Bréfritari: Ásgeir Tryggvi Friðgeirsson
Viðtakandi: Einar Friðgeirsson
Dagsetning: A-1881-04-28
Skrifað á: Garði  S-Þing.
Ásgeir er bróðir Einars

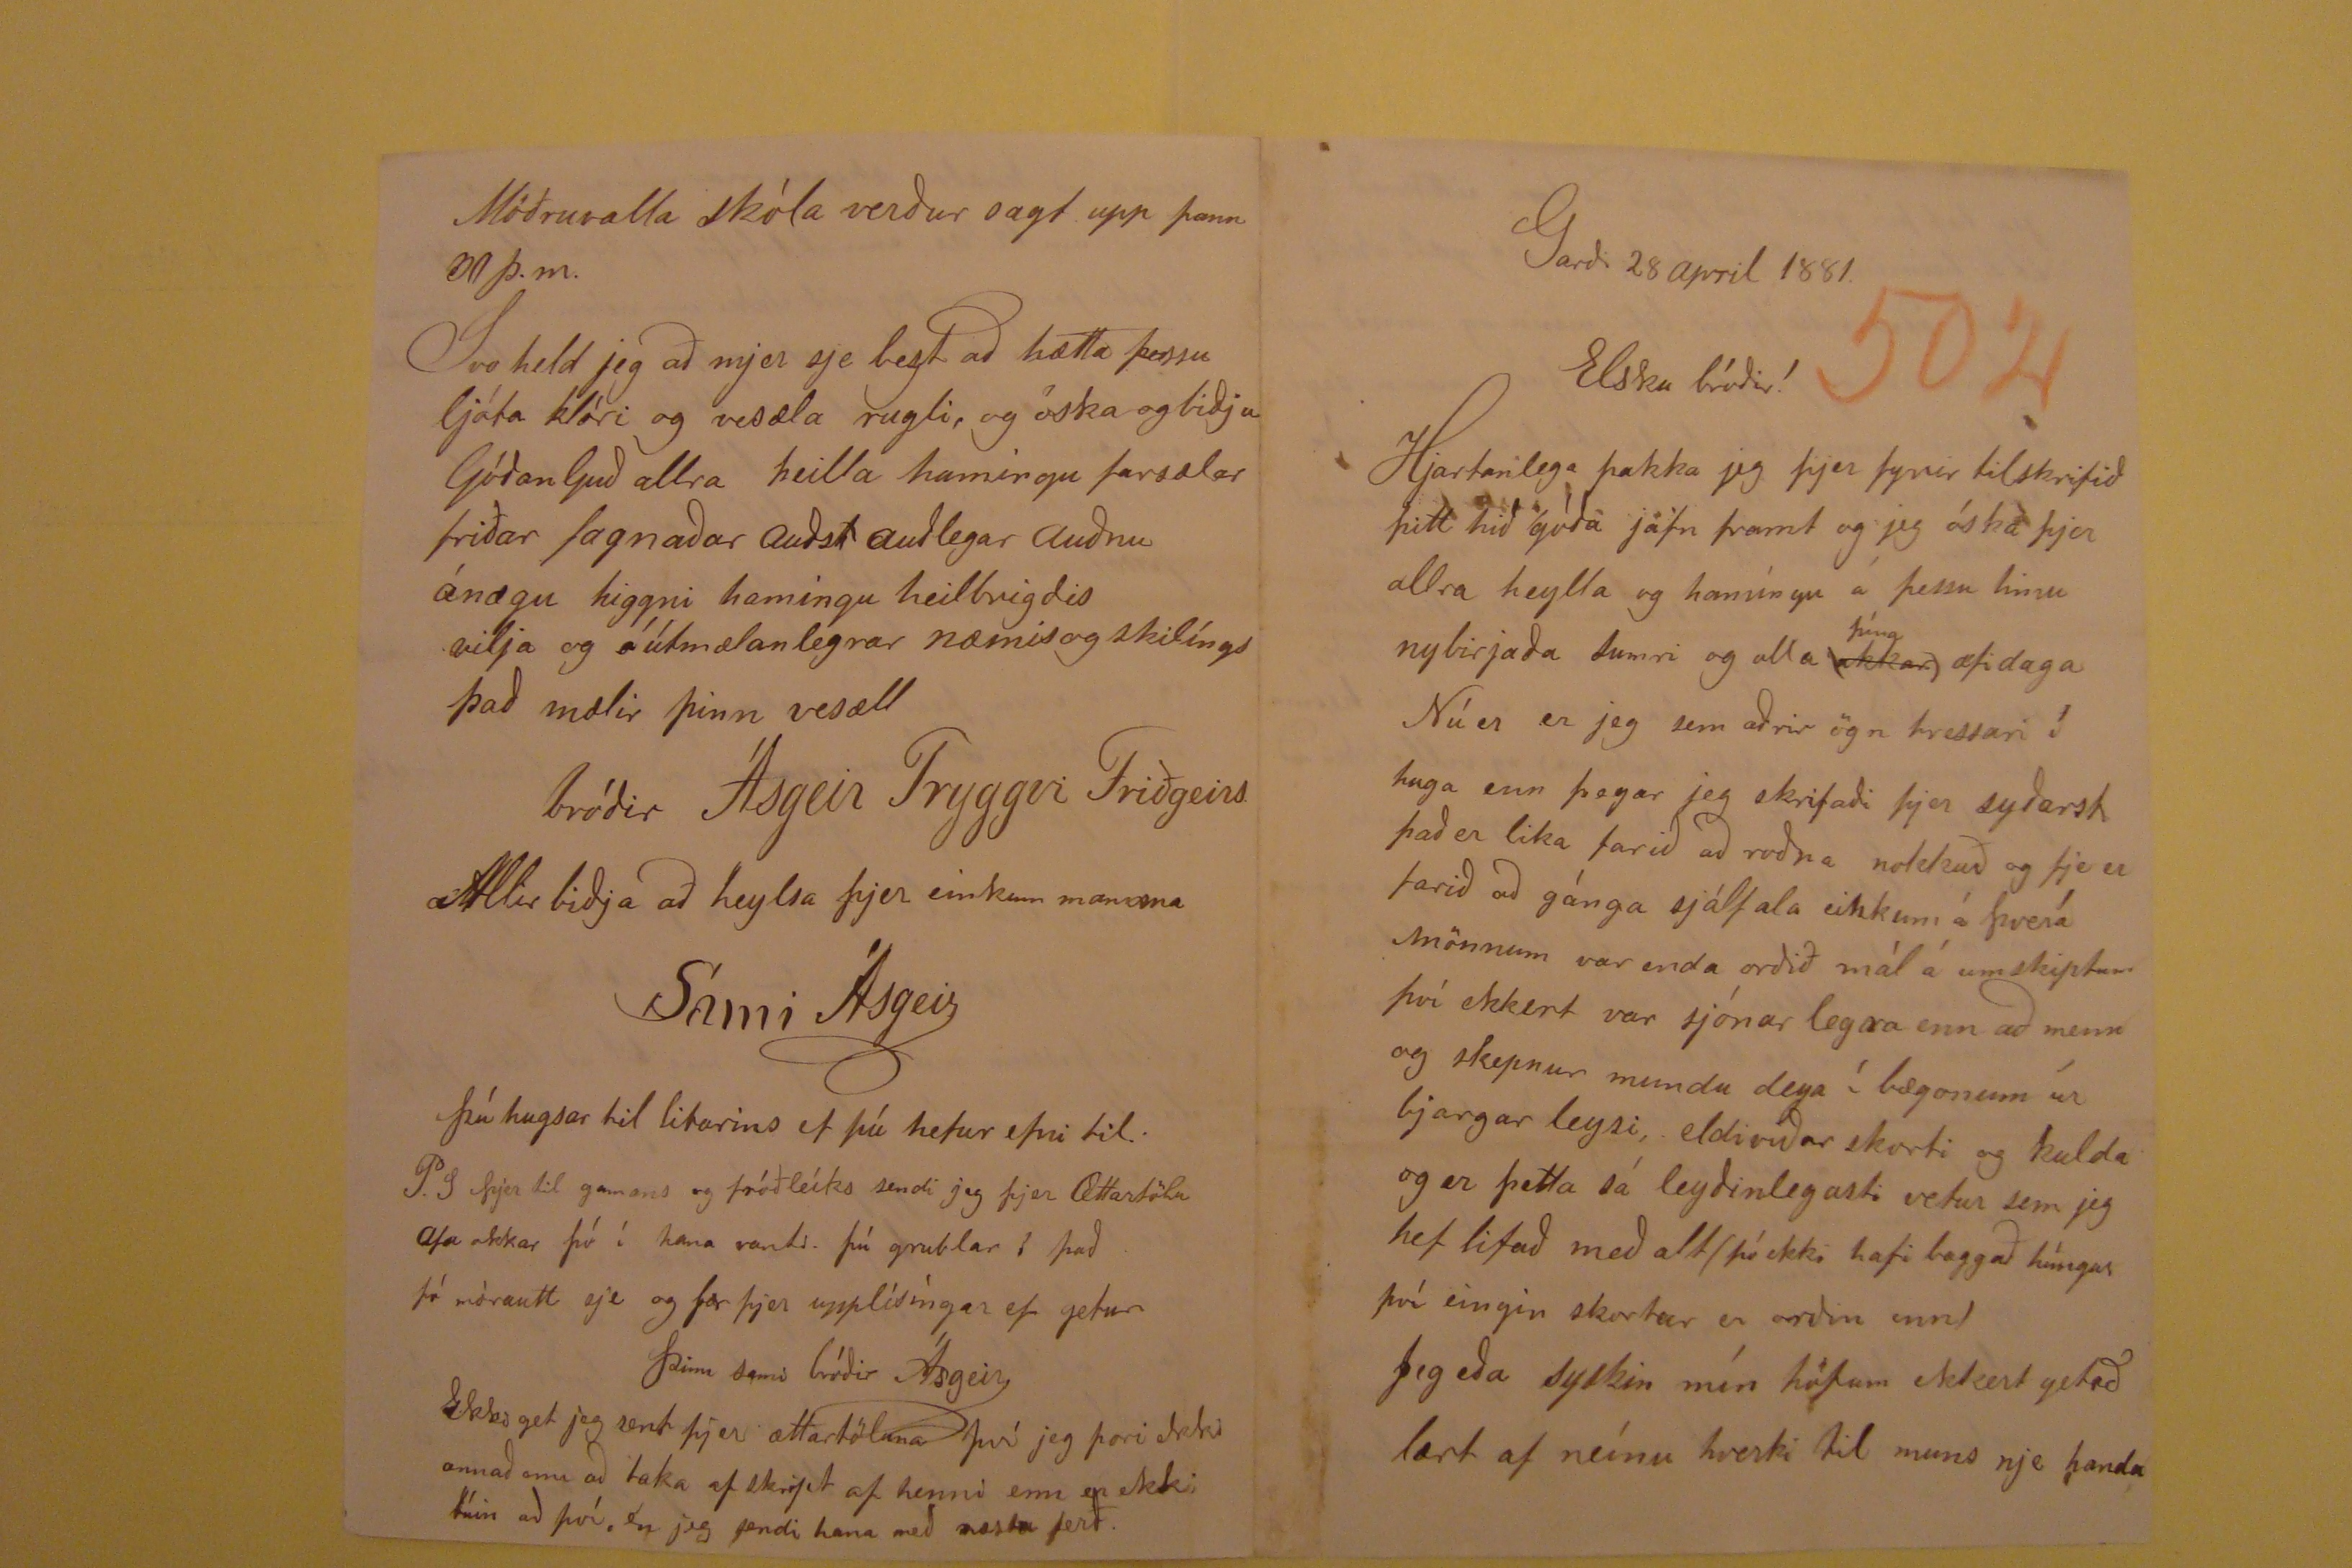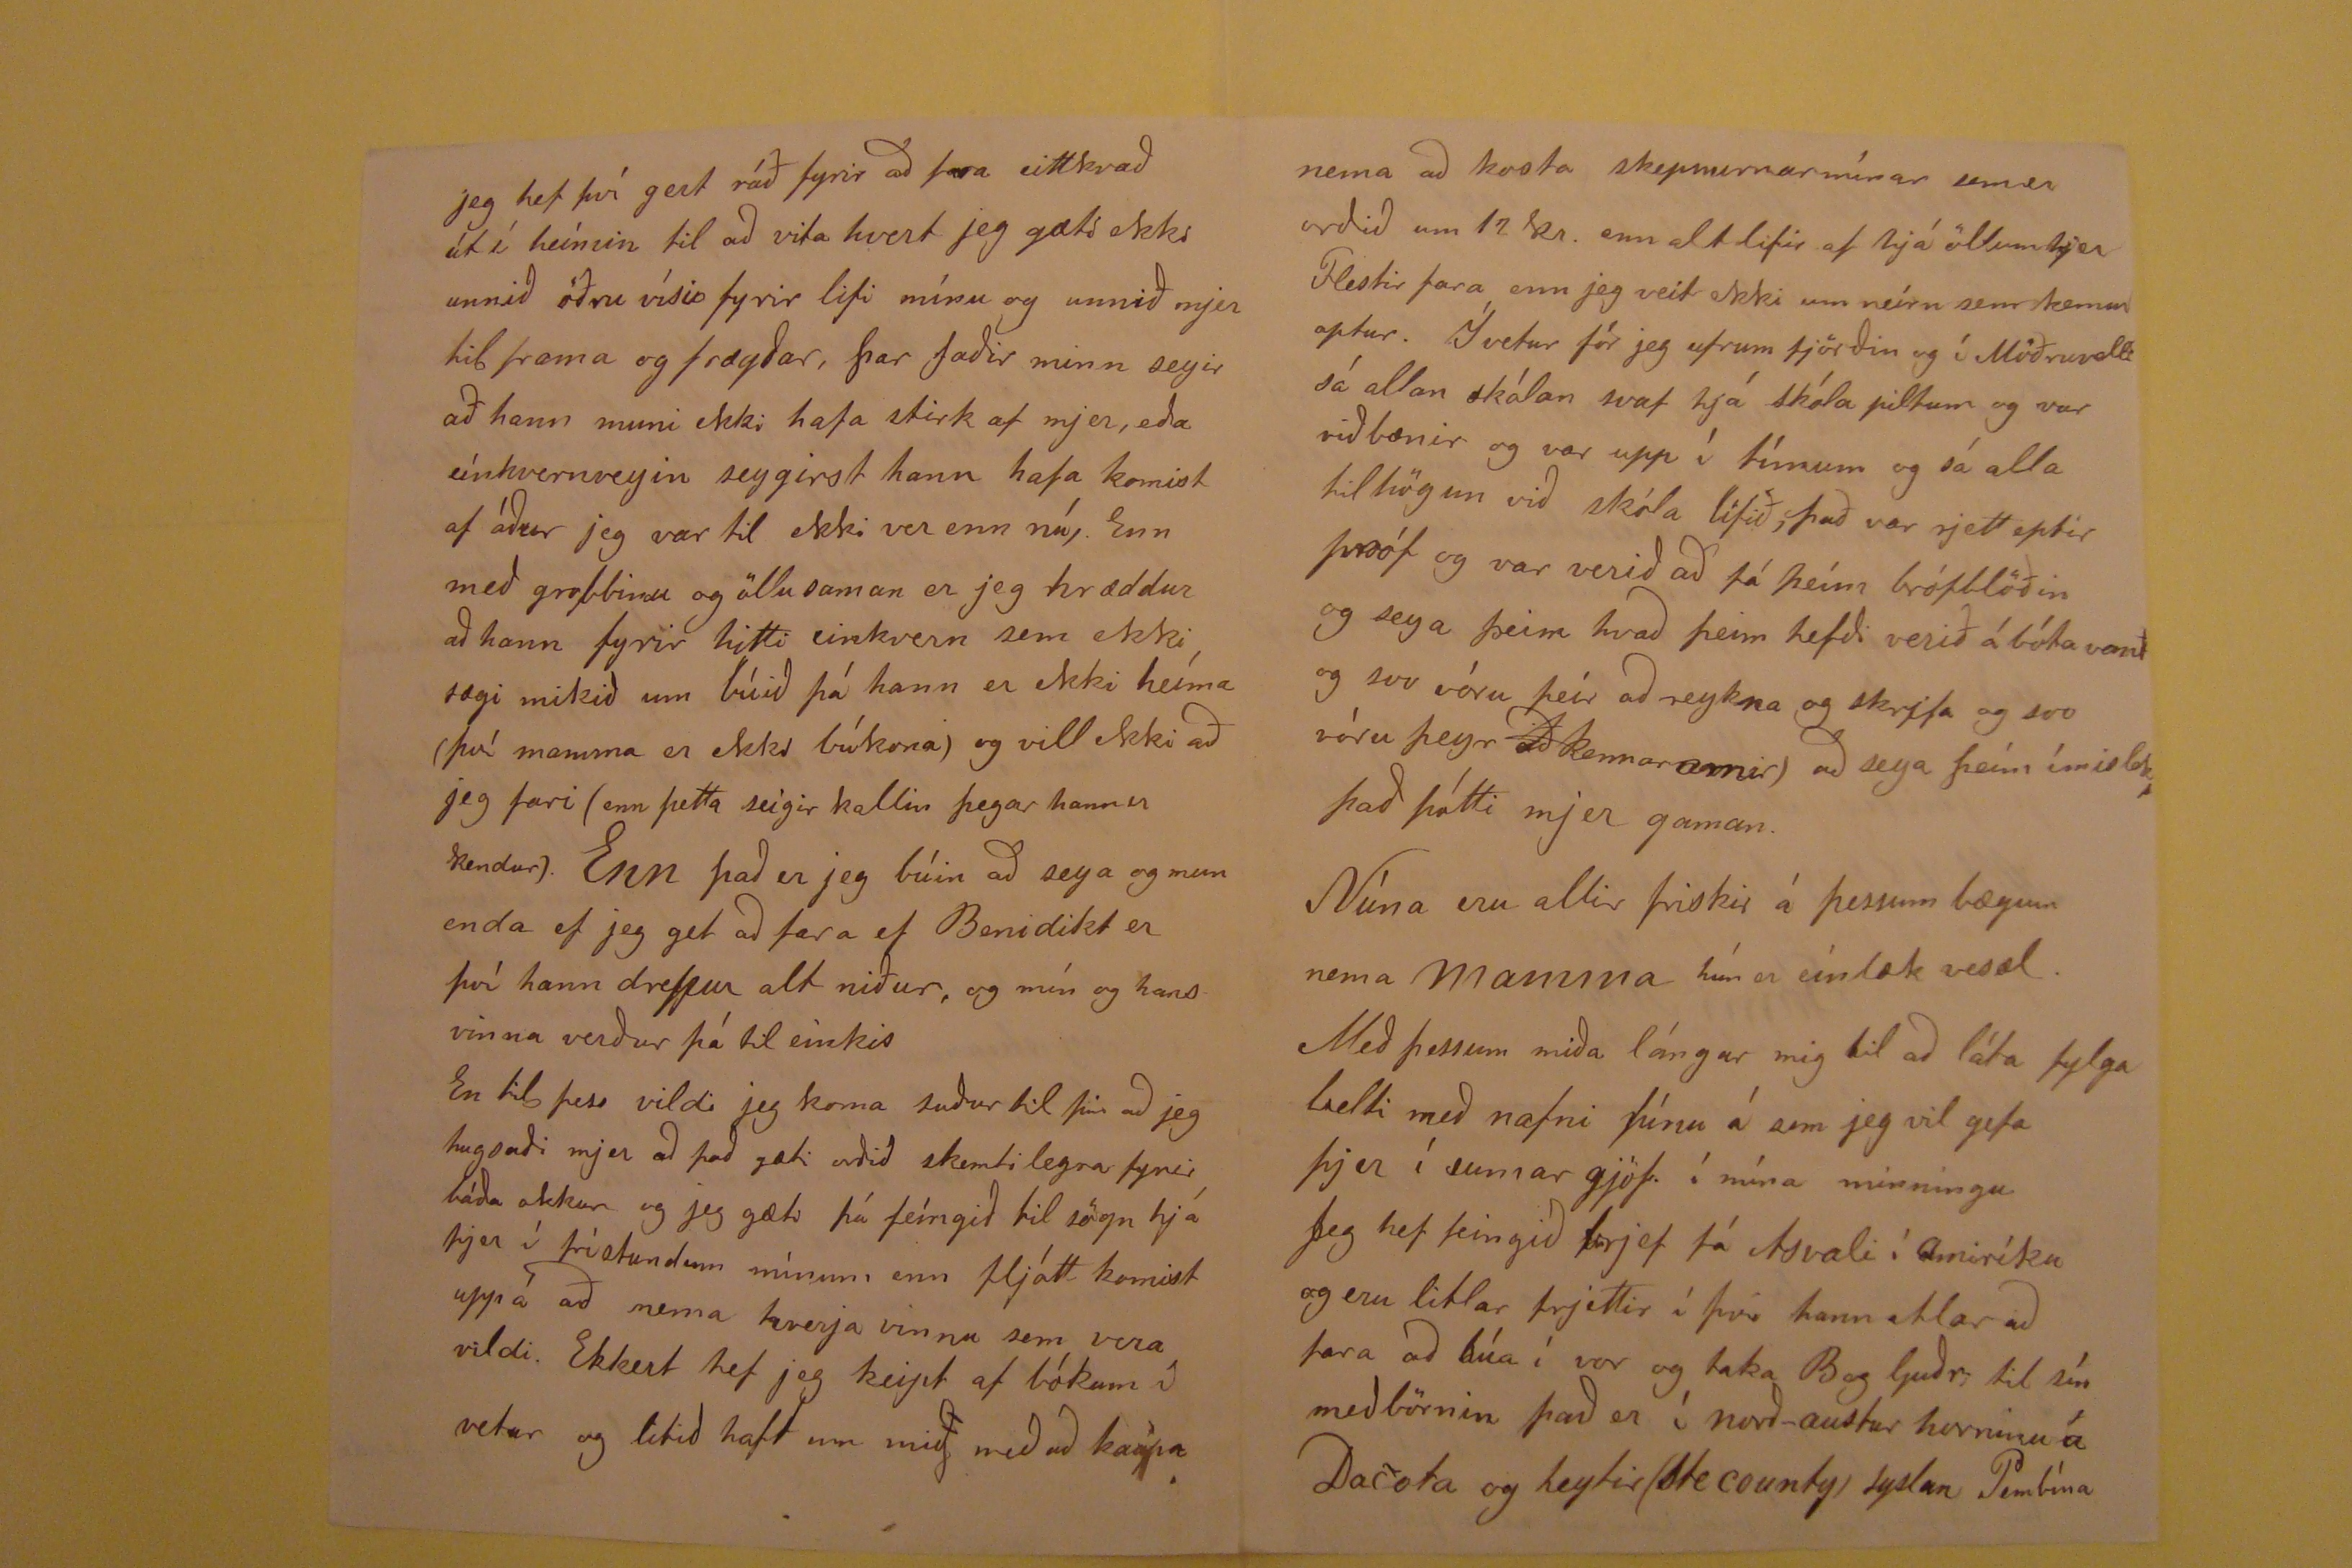

Garði 28 april 1881
Elsku bróðir!
Hjartanlega þakka jeg þjer fyrir tilskrifið þitt hið góða jafn framt og jeg óska þjer allra heylla og hamíngu á þessu hinu nybirjaða Sumri og alla (
rend="overstrike">okkar
)
þína
æfidaga Nú er er jeg sem aðrir ögn hressari í huga enn þegar jeg skrifaði þjer
syðarst það er lika farið að roðan nokkuð og fje er farið að gánga sjálfala einkum á Þverá mönnum var enda orðið mál á umskiptum því ekkert var sjónar legra enn að
menn og skepnur mundu deya í bægonum úr bjargar leysi, eldiviðar skorti og kulda og er þetta sá leyðinglegasti vetur sem jeg hef lifað með alt (þó ekki hafi buggað
húngur því eingin skortur er orðin enn) Jeg eða syskin mín höfum ekkert getað lært af neínu hverki til muns nje handa
jeg hef því gert ráð fyrir að fara eittkvað út í heímin til að vita hvert jeg gæti ekki unnið öðru vísi fyrir lifi mínu og unnið mjer til frama og frægðar, þar faðir minn
segir að hann muni ekki hafa stirk af mjer, eða eínkvernveyin seygirst hann hafa komist af áður jeg var til ekki ver enn nú, . Enn með grobbinu og öllu saman er jeg
hræddur að hann fyrir hitti einkvern sem ekki sægi mikið um búið þá hann er ekki heíma (því mamma er ekki búkona) og vill ekki að jeg fari (enn þetta seigir kallin
þegar hann er kendur). Enn það er jeg búin að seyga og mun enda ef jeg get að fara ef Benidikt er því hann drepur alt niður, og mín og hans vinna verður þá til einskis
En til þess vildi jeg koma suður til þín að jeg hugsaði mjer að það gæti orðið skemtilegra fyrir báða okkur og jeg gæti þá feíngið til sögn hjá þjer í frístundum mínum
en fljótt komist uppá að nema kverja vinnu sem vera vildi. Ekkert hef jeg keipt af bókum í vetur og litið haft um mig með að keupa
nema að krota skepnurnar mínar sem er orðið um 12 kr. enn alt lifir af hjá öllum hjer Flestir fara enn jeg veit ekki um neirn sem kemur aptur. Í vetur fór jeg ufrum
fjörðin og í Möðruvoll sá allan skólan svaf hjá skóla piltum og var við bænir og var upp í tímum og sá alla til högun við skóla lífið, það var rjett eptir próf og var verið
að fá þeím brófblöðin og seyga þeim hvað þeim hefði verið á bóta vant og svo vóru þeir að reykna og skrifa og svo vóru þeyr
að kennararnir) að seya þeím ímislekt það þótti mjer gaman. Núna eru allir friksir á þessum bægum nema mamma hún er eínlæk vesæl. Með þessum miða
lángar mig til að láta fylga belti með nafni þínu á sem jeg vil gefa þjer í sumar gjöf í mína minningu Jeg hef feingið brjef fá Asvali í Amiríku og eru litlar frjettir í því hann
atlar að fara að búa í vor og taka B og Guðr, til sín með börnin það er í norð-austur horninu á Dacota og heytir (Ste county) syslan Pembína
Möðruvalla skóla verður sagt upp þann 30 þ.m. Svo held jeg að mjer sje bezt að hætta þessu ljóta klóri og vesæla rugli og óska og biðja Góðan Guð allra heilla
hamingu farsælar friðar fagnaðar auðst auðlegar auðnu ánægu higgni hamingu heilbrigdis vilja og óútmælanlegrar næmis og skilíngs það mælir þinn vesæll
bróðir Ásgeir Tryggvi Friðgeirs
Allir biðja að heylsa þjer einkum mamma
Sámi Ásgeir
Þú hugsar til litarins ef þú hefur efni til.
P.S þjer til gamans og fróðleíks sendi jeg þjer Ættartölu afa okkar þó í hana vanti. þú grublar í það þó mórautt sje og fær þjer upplísíngar ef getur
Þinn sami bróðir Ásgeir
Ekki get jeg sent þjer ættartöluna því jeg þori ekki annað enn að taka af skript af henni enn er ekki búin að því, en jeg sendi hana með næstu ferð.